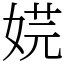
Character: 𡝴